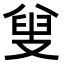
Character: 𠭦